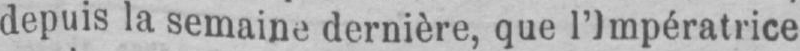
depuis la semaine dernière, que l’Impératrice